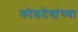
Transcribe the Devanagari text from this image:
कोडदेवांच्या